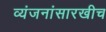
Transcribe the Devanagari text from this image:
व्यंजनांसारखीच